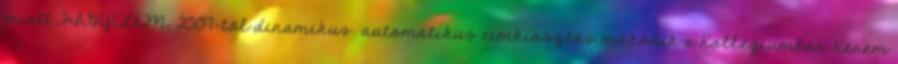
miatt FIGYELEM, 2007-tõl dinamikus automatikus címkiosztás működik a Kollégiumban Kérem